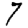
Digit: 7